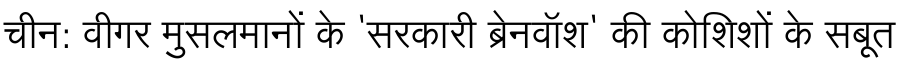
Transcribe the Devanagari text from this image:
चीन: वीगर मुसलमानों के 'सरकारी ब्रेनवॉश' की कोशिशों के सबूत